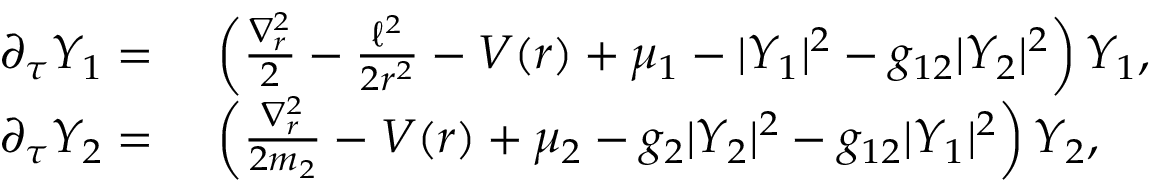
\begin{array} { r l } { \partial _ { \tau } Y _ { 1 } = } & { \ \left( \frac { \nabla _ { r } ^ { 2 } } { 2 } - \frac { \ell ^ { 2 } } { 2 r ^ { 2 } } - V ( r ) + \mu _ { 1 } - | Y _ { 1 } | ^ { 2 } - g _ { 1 2 } | Y _ { 2 } | ^ { 2 } \right) Y _ { 1 } , } \\ { \partial _ { \tau } Y _ { 2 } = } & { \ \left( \frac { \nabla _ { r } ^ { 2 } } { 2 m _ { 2 } } - V ( r ) + \mu _ { 2 } - g _ { 2 } | Y _ { 2 } | ^ { 2 } - g _ { 1 2 } | Y _ { 1 } | ^ { 2 } \right) Y _ { 2 } , } \end{array}